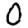
Digit: 0